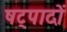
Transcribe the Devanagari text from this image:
षट्पादों